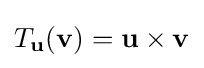
T_{\mathbf {u} }(\mathbf {v} )=\mathbf {u} \times \mathbf {v}